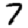
Digit: 7